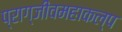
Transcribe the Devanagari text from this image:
प्राग्जीवमहाकल्प